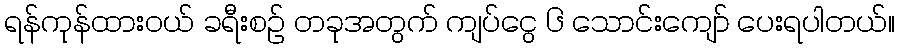
ရန်ကုန်ထားဝယ် ခရီးစဉ် တခုအတွက် ကျပ်ငွေ ၆ သောင်းကျော် ပေးရပါတယ်။